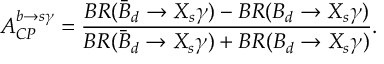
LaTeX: A _ { C P } ^ { b \rightarrow s \gamma } = { \frac { B R ( \bar { B } _ { d } \rightarrow X _ { s } \gamma ) - B R ( B _ { d } \rightarrow X _ { s } \gamma ) } { B R ( \bar { B } _ { d } \rightarrow X _ { s } \gamma ) + B R ( B _ { d } \rightarrow X _ { s } \gamma ) } } .